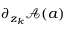
\partial _ { z _ { k } } \mathcal { A } ( a )